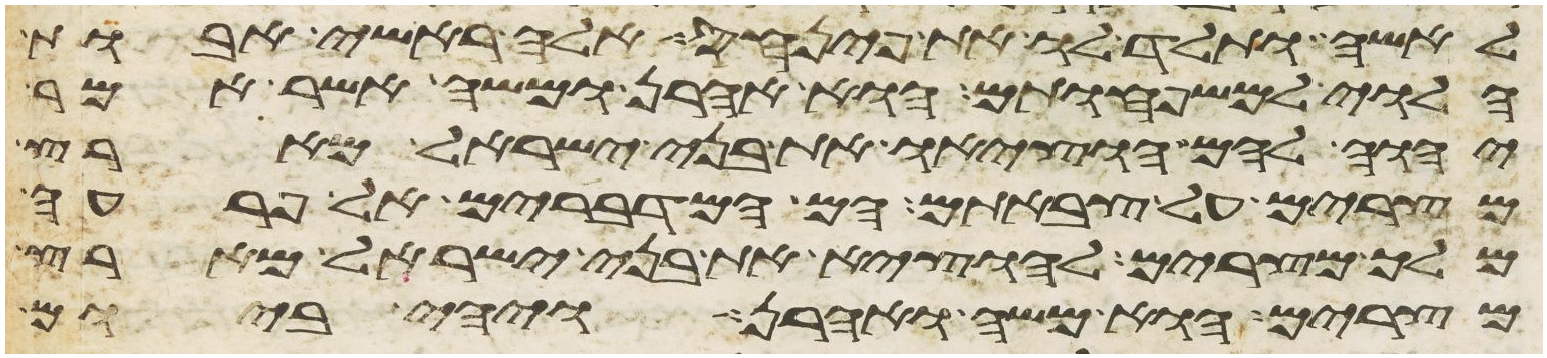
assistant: לאשה ותלד לו את פינחס אלה ראשי אבות
הלוי למשפחותם הוא אהרן ומשה אשר אמר
יהוה להם הוציאו את בני ישראל מארץ
מצרים על צבאתם הם המדברים אל פרעה
מלך מצרים להוציא את בני ישראל מארץ
מצרים הוא משה ואהרן ויהי ביום